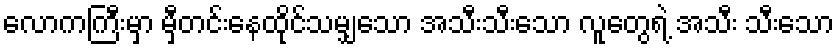
လောကကြီးမှာ မှီတင်းနေထိုင်သမျှသော အသီးသီးသော လူတွေရဲ့ အသီး သီးသော